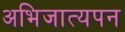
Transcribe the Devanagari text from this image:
अभिजात्यपन